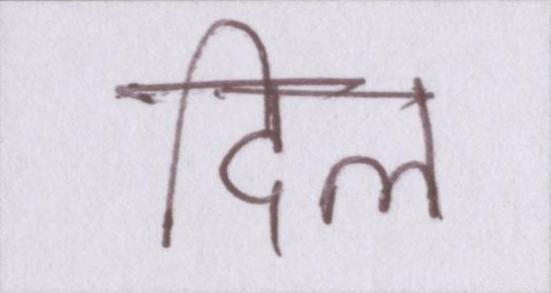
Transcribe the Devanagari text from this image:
दिल